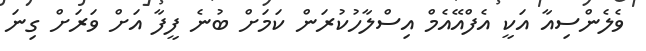
ވެލެންސިއާ އަކީ އެފްއޭއެމް އިސްލާހުކުރަން ކަމަށް ބުނެ ފީފާ އަށް ވަރަށް ގިނަ